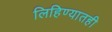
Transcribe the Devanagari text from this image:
लिहिण्यातही